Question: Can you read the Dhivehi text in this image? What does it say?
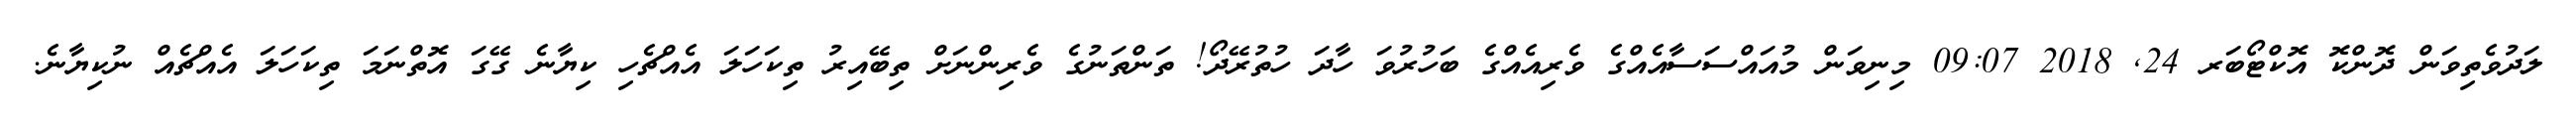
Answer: ލަދުވެތިވަން ދޮންކޮ އޮކްޓޯބަރ 24, 2018 09:07 މިނިވަން މުއައްސަސާއެއްގެ ވެރިއެއްގެ ބަހުރުވަ ހާދަ ހުތުރޭދޯ! ތަންތަނުގެ ވެރިންނަށް ތިބޭއިރު ތިކަހަލަ އެއްޗެހި ކިޔާނެ ގޭގަ އޮތްނަމަ ތިކަހަލަ އެއްޗެއް ނުކިޔާނެ.